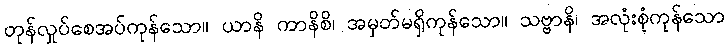
တုန်လှုပ်စေအပ်ကုန်သော။ ယာနိ ကာနိစိ၊ အမှတ်မရှိကုန်သော။ သဗ္ဗာနိ၊ အလုံးစုံကုန်သော